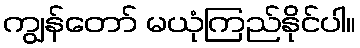
ကျွန်တော် မယုံကြည်နိုင်ပါ။